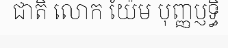
ជាតិ លោក យ៉ែម បុញ្ញប្ញទ្ធិ